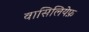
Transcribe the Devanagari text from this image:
वासिलियेफ़